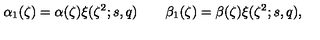
\alpha _ { 1 } ( \zeta ) = \alpha ( \zeta ) \xi ( \zeta ^ { 2 } ; s , q ) \qquad \beta _ { 1 } ( \zeta ) = \beta ( \zeta ) \xi ( \zeta ^ { 2 } ; s , q ) ,